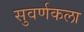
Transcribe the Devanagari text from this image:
सुवर्णकला